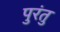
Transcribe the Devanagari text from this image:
पुरंतु